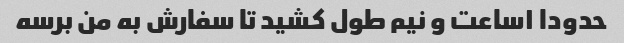
حدودا ۱ساعت و نیم طول کشید تا سفارش به من برسه